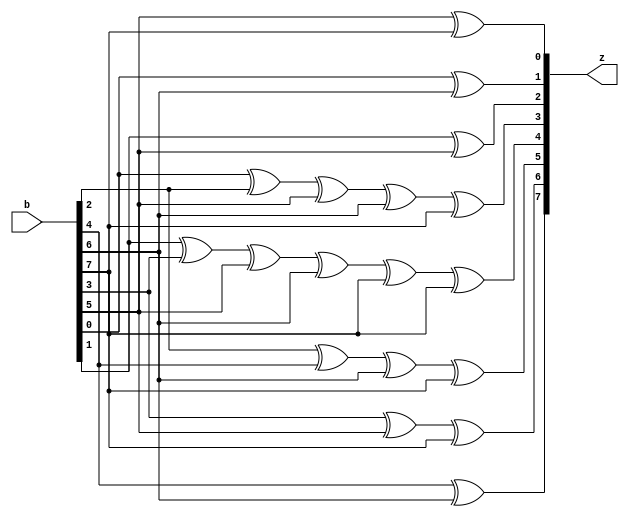

module MULT_BY_ALPHA51(b, z); 
input [7:0] b; 
output [7:0] z; 
assign z[0] = b[5]^b[7];  
assign z[1] = b[0]^b[6];  
assign z[2] = b[1]^b[5];  
assign z[3] = b[0]^b[2]^b[5]^b[6]^b[7];  
assign z[4] = b[1]^b[3]^b[5]^b[6]^b[7]^b[7];  
assign z[5] = b[2]^b[4]^b[6]^b[7];  
assign z[6] = b[3]^b[5]^b[7];  
assign z[7] = b[4]^b[6];  
endmodule 

module SYN2ERR(SYND1_, SYND2_, LOC);


input [7:0] SYND1_, SYND2_;
output [2:0] LOC;




wire [7:0] SYND2_inv;
wire [7:0] mult_out;

inv_gf256	inv_(.x(SYND2_), .y(SYND2_inv));
gf256mult	mult_(.a(SYND1_), .b(SYND2_inv), .z(mult_out));

assign LOC[2] = ~(mult_out[1] | mult_out[2] );
assign LOC[1] = mult_out[4];
assign LOC[0] = mult_out[2];


endmodule

/******************************************************************/

module gf256mult(a, b, z); 
input [7:0] a; 
input [7:0] b; 
output [7:0] z; 
assign z[0] = b[0]&a[0]^b[1]&a[7]^b[2]&a[6]^b[3]&a[5]^b[4]&a[4]^b[5]&a[3]^b[5]&a[7]^b[6]&a[2]^b[6]&a[6]^b[6]&a[7]^b[7]&a[1]^b[7]&a[5]^b[7]&a[6]^b[7]&a[7];  
assign z[1] = b[0]&a[1]^b[1]&a[0]^b[2]&a[7]^b[3]&a[6]^b[4]&a[5]^b[5]&a[4]^b[6]&a[3]^b[6]&a[7]^b[7]&a[2]^b[7]&a[6]^b[7]&a[7];  
assign z[2] = b[0]&a[2]^b[1]&a[1]^b[1]&a[7]^b[2]&a[0]^b[2]&a[6]^b[3]&a[5]^b[3]&a[7]^b[4]&a[4]^b[4]&a[6]^b[5]&a[3]^b[5]&a[5]^b[5]&a[7]^b[6]&a[2]^b[6]&a[4]^b[6]&a[6]^b[6]&a[7]^b[7]&a[1]^b[7]&a[3]^b[7]&a[5]^b[7]&a[6];  
assign z[3] = b[0]&a[3]^b[1]&a[2]^b[1]&a[7]^b[2]&a[1]^b[2]&a[6]^b[2]&a[7]^b[3]&a[0]^b[3]&a[5]^b[3]&a[6]^b[4]&a[4]^b[4]&a[5]^b[4]&a[7]^b[5]&a[3]^b[5]&a[4]^b[5]&a[6]^b[5]&a[7]^b[6]&a[2]^b[6]&a[3]^b[6]&a[5]^b[6]&a[6]^b[7]&a[1]^b[7]&a[2]^b[7]&a[4]^b[7]&a[5];  
assign z[4] = b[0]&a[4]^b[1]&a[3]^b[1]&a[7]^b[2]&a[2]^b[2]&a[6]^b[2]&a[7]^b[3]&a[1]^b[3]&a[5]^b[3]&a[6]^b[3]&a[7]^b[4]&a[0]^b[4]&a[4]^b[4]&a[5]^b[4]&a[6]^b[5]&a[3]^b[5]&a[4]^b[5]&a[5]^b[6]&a[2]^b[6]&a[3]^b[6]&a[4]^b[7]&a[1]^b[7]&a[2]^b[7]&a[3]^b[7]&a[7];  
assign z[5] = b[0]&a[5]^b[1]&a[4]^b[2]&a[3]^b[2]&a[7]^b[3]&a[2]^b[3]&a[6]^b[3]&a[7]^b[4]&a[1]^b[4]&a[5]^b[4]&a[6]^b[4]&a[7]^b[5]&a[0]^b[5]&a[4]^b[5]&a[5]^b[5]&a[6]^b[6]&a[3]^b[6]&a[4]^b[6]&a[5]^b[7]&a[2]^b[7]&a[3]^b[7]&a[4];  
assign z[6] = b[0]&a[6]^b[1]&a[5]^b[2]&a[4]^b[3]&a[3]^b[3]&a[7]^b[4]&a[2]^b[4]&a[6]^b[4]&a[7]^b[5]&a[1]^b[5]&a[5]^b[5]&a[6]^b[5]&a[7]^b[6]&a[0]^b[6]&a[4]^b[6]&a[5]^b[6]&a[6]^b[7]&a[3]^b[7]&a[4]^b[7]&a[5];  
assign z[7] = b[0]&a[7]^b[1]&a[6]^b[2]&a[5]^b[3]&a[4]^b[4]&a[3]^b[4]&a[7]^b[5]&a[2]^b[5]&a[6]^b[5]&a[7]^b[6]&a[1]^b[6]&a[5]^b[6]&a[6]^b[6]&a[7]^b[7]&a[0]^b[7]&a[4]^b[7]&a[5]^b[7]&a[6];  
endmodule

/******************************************************************/

module inv_gf256(x, y);
input [7:0] x;
output [7:0] y;
reg [7:0] y;

always@(x)

case(x)
0: y<= 0;
1:	y<=	1;
2:	y<=	142;
4:	y<=	71;
8:	y<=	173;
16:	y<=	216;
32:	y<=	108;
64:	y<=	54;
128:	y<=	27;
29:	y<=	131;
58:	y<=	207;
116:	y<=	233;
232:	y<=	250;
205:	y<=	125;
135:	y<=	176;
19:	y<=	88;
38:	y<=	44;
76:	y<=	22;
152:	y<=	11;
45:	y<=	139;
90:	y<=	203;
180:	y<=	235;
117:	y<=	251;
234:	y<=	243;
201:	y<=	247;
143:	y<=	245;
3:	y<=	244;
6:	y<=	122;
12:	y<=	61;
24:	y<=	144;
48:	y<=	72;
96:	y<=	36;
192:	y<=	18;
157:	y<=	9;
39:	y<=	138;
78:	y<=	69;
156:	y<=	172;
37:	y<=	86;
74:	y<=	43;
148:	y<=	155;
53:	y<=	195;
106:	y<=	239;
212:	y<=	249;
181:	y<=	242;
119:	y<=	121;
238:	y<=	178;
193:	y<=	89;
159:	y<=	162;
35:	y<=	81;
70:	y<=	166;
140:	y<=	83;
5:	y<=	167;
10:	y<=	221;
20:	y<=	224;
40:	y<=	112;
80:	y<=	56;
160:	y<=	28;
93:	y<=	14;
186:	y<=	7;
105:	y<=	141;
210:	y<=	200;
185:	y<=	100;
111:	y<=	50;
222:	y<=	25;
161:	y<=	130;
95:	y<=	65;
190:	y<=	174;
97:	y<=	87;
194:	y<=	165;
153:	y<=	220;
47:	y<=	110;
94:	y<=	55;
188:	y<=	149;
101:	y<=	196;
202:	y<=	98;
137:	y<=	49;
15:	y<=	150;
30:	y<=	75;
60:	y<=	171;
120:	y<=	219;
240:	y<=	227;
253:	y<=	255;
231:	y<=	241;
211:	y<=	246;
187:	y<=	123;
107:	y<=	179;
214:	y<=	215;
177:	y<=	229;
127:	y<=	252;
254:	y<=	126;
225:	y<=	63;
223:	y<=	145;
163:	y<=	198;
91:	y<=	99;
182:	y<=	191;
113:	y<=	209;
226:	y<=	230;
217:	y<=	115;
175:	y<=	183;
67:	y<=	213;
134:	y<=	228;
17:	y<=	114;
34:	y<=	57;
68:	y<=	146;
136:	y<=	73;
13:	y<=	170;
26:	y<=	85;
52:	y<=	164;
104:	y<=	82;
208:	y<=	41;
189:	y<=	154;
103:	y<=	77;
206:	y<=	168;
129:	y<=	84;
31:	y<=	42;
62:	y<=	21;
124:	y<=	132;
248:	y<=	66;
237:	y<=	33;
199:	y<=	158;
147:	y<=	79;
59:	y<=	169;
118:	y<=	218;
236:	y<=	109;
197:	y<=	184;
151:	y<=	92;
51:	y<=	46;
102:	y<=	23;
204:	y<=	133;
133:	y<=	204;
23:	y<=	102;
46:	y<=	51;
92:	y<=	151;
184:	y<=	197;
109:	y<=	236;
218:	y<=	118;
169:	y<=	59;
79:	y<=	147;
158:	y<=	199;
33:	y<=	237;
66:	y<=	248;
132:	y<=	124;
21:	y<=	62;
42:	y<=	31;
84:	y<=	129;
168:	y<=	206;
77:	y<=	103;
154:	y<=	189;
41:	y<=	208;
82:	y<=	104;
164:	y<=	52;
85:	y<=	26;
170:	y<=	13;
73:	y<=	136;
146:	y<=	68;
57:	y<=	34;
114:	y<=	17;
228:	y<=	134;
213:	y<=	67;
183:	y<=	175;
115:	y<=	217;
230:	y<=	226;
209:	y<=	113;
191:	y<=	182;
99:	y<=	91;
198:	y<=	163;
145:	y<=	223;
63:	y<=	225;
126:	y<=	254;
252:	y<=	127;
229:	y<=	177;
215:	y<=	214;
179:	y<=	107;
123:	y<=	187;
246:	y<=	211;
241:	y<=	231;
255:	y<=	253;
227:	y<=	240;
219:	y<=	120;
171:	y<=	60;
75:	y<=	30;
150:	y<=	15;
49:	y<=	137;
98:	y<=	202;
196:	y<=	101;
149:	y<=	188;
55:	y<=	94;
110:	y<=	47;
220:	y<=	153;
165:	y<=	194;
87:	y<=	97;
174:	y<=	190;
65:	y<=	95;
130:	y<=	161;
25:	y<=	222;
50:	y<=	111;
100:	y<=	185;
200:	y<=	210;
141:	y<=	105;
7:	y<=	186;
14:	y<=	93;
28:	y<=	160;
56:	y<=	80;
112:	y<=	40;
224:	y<=	20;
221:	y<=	10;
167:	y<=	5;
83:	y<=	140;
166:	y<=	70;
81:	y<=	35;
162:	y<=	159;
89:	y<=	193;
178:	y<=	238;
121:	y<=	119;
242:	y<=	181;
249:	y<=	212;
239:	y<=	106;
195:	y<=	53;
155:	y<=	148;
43:	y<=	74;
86:	y<=	37;
172:	y<=	156;
69:	y<=	78;
138:	y<=	39;
9:	y<=	157;
18:	y<=	192;
36:	y<=	96;
72:	y<=	48;
144:	y<=	24;
61:	y<=	12;
122:	y<=	6;
244:	y<=	3;
245:	y<=	143;
247:	y<=	201;
243:	y<=	234;
251:	y<=	117;
235:	y<=	180;
203:	y<=	90;
139:	y<=	45;
11:	y<=	152;
22:	y<=	76;
44:	y<=	38;
88:	y<=	19;
176:	y<=	135;
125:	y<=	205;
250:	y<=	232;
233:	y<=	116;
207:	y<=	58;
131:	y<=	29;
27:	y<=	128;
54:	y<=	64;
108:	y<=	32;
216:	y<=	16;
173:	y<=	8;
71:	y<=	4;
142:	y<=	2;
endcase

endmodule 
/******************************************************************/
module RS_5_3_GF256(
CLK, 
RESET,
DATA_VALID_IN,
DATA_IN,
E_D, 
DATA_VALID_OUT,
DATA_OUT);

input 
CLK, 
RESET, 
DATA_VALID_IN,
E_D;

input [7:0] DATA_IN;
output DATA_VALID_OUT;
output [7:0] DATA_OUT;
reg DATA_VALID_OUT;
reg [7:0] DATA_OUT;
reg [3:0] cntr1_;
reg [2:0] cntr2_;
reg cntr2_en;
reg [7:0] SYND1_;
reg [7:0] SYND2_;
reg [7:0] VAL;
reg [2:0] LOC2_;

wire [7:0] MULT2_;
wire [7:0] ADD3_;
wire	[2:0] LOC;

reg [7:0] FIFO0_;
reg [7:0] FIFO1_;
reg [7:0] FIFO2_;
reg [7:0] FIFO3_;
reg [7:0] FIFO4_;

assign ADD3_ = (E_D) ? (SYND1_ ^ MULT2_) : MULT2_; 

MULT_BY_ALPHA51	m0_(.b(SYND2_), .z(MULT2_));
SYN2ERR	s_( .SYND1_(SYND1_), .SYND2_(SYND2_), .LOC(LOC) );

///////////////////////////////////////////////////////////////////////

always@(posedge CLK)

if (cntr2_en)
begin
	VAL<=SYND1_;
	LOC2_<=LOC;
end





///////////////////////////////////////////////////////////////////////

always@(posedge CLK or negedge RESET)

if (!RESET)

cntr1_<=0;

else 
case(cntr1_)

0: if (!DATA_VALID_IN)
	if (E_D) 
		cntr1_<=1;
	else 
		cntr1_<=5;
1: if (!DATA_VALID_IN) cntr1_<=2;
2: if (!DATA_VALID_IN) cntr1_<=3;
3: cntr1_<=4;
4: cntr1_<=0;
5: if (!DATA_VALID_IN) cntr1_<=6;	
6: if (!DATA_VALID_IN) cntr1_<=7;
7: if (!DATA_VALID_IN) cntr1_<=8;
8: cntr1_<=0;
endcase


//////////////////////////////////////////////////////////////////////

always@(posedge CLK or negedge RESET)
if (!RESET)

cntr2_<=0;

else if (cntr2_==0)
begin 
	if (cntr2_en)
		cntr2_<=cntr2_+1;
end
else if (cntr2_==4)
	cntr2_<=0;
else
	cntr2_<=cntr2_+1;




//////////////////////////////////////////////////////////////////////

always@(posedge CLK or negedge RESET)

if (!RESET)

	DATA_VALID_OUT<=1;

else if ((cntr1_==0)&&(E_D))	
	
	DATA_VALID_OUT<=DATA_VALID_IN;

else if ( (cntr1_==1) || (cntr1_==2) )

	DATA_VALID_OUT<=DATA_VALID_IN;

else if ((cntr1_==3) || (cntr1_==4))

	DATA_VALID_OUT<=0;

else if ((cntr2_en) || (cntr2_!=0))

	DATA_VALID_OUT<=0;
else 
	DATA_VALID_OUT<=1;

	
//////////////////////////////////////////////////////////////////////
	

always@(posedge CLK or negedge RESET)

if (!RESET)

	DATA_OUT<=0;

else if ((cntr1_==0)&&(E_D))	

	DATA_OUT<=DATA_IN;

else if ( (cntr1_==1) || (cntr1_==2) )

	DATA_OUT<=DATA_IN;

else if ((cntr1_==3) || (cntr1_==4))

	DATA_OUT<=ADD3_;

else if (cntr2_en)
begin
	if(LOC==0)
		DATA_OUT<=FIFO4_ ^ SYND1_;
	else 
		DATA_OUT<=FIFO4_;

end
else if (cntr2_==LOC2_)

	DATA_OUT<=FIFO4_ ^ VAL;	
	
else 

	DATA_OUT<=FIFO4_;

//////////////////////////////////////////////////////////////////////
	

always@(posedge CLK or negedge RESET)

if (!RESET)
begin

	FIFO0_<=0;	
	FIFO1_<=0;
	FIFO2_<=0;
	FIFO3_<=0;
	FIFO4_<=0;

end
else if (((!DATA_VALID_OUT) && (!E_D)) || (cntr1_>=5) || (cntr1_<=8) || (cntr2_en) || (cntr2_!=0) )
begin
	FIFO4_<=FIFO3_;
	FIFO3_<=FIFO2_;
	FIFO2_<=FIFO1_;
	FIFO1_<=FIFO0_;
	FIFO0_<=DATA_IN;
end

//////////////////////////////////////////////////////////////////////

always@(posedge CLK or negedge RESET)

if (!RESET)
begin

	SYND1_<=0;
	SYND2_<=0;

end

else if ( !DATA_VALID_IN ) 
begin
	if (cntr1_==0)
	begin
		SYND1_<=DATA_IN;
		SYND2_<=DATA_IN;
	end	
	else 
	begin
		SYND1_<=SYND1_^ DATA_IN;
		SYND2_<=ADD3_^ DATA_IN;
	end
end		
else if ( (cntr1_==3) || (cntr1_==4) )

	begin
		SYND1_<=SYND1_^ ADD3_;
		SYND2_<=0;
	end


//////////////////////////////////////////////////////////////////////

always@(posedge CLK or negedge RESET)

if (!RESET)

	cntr2_en<=0;

else if (cntr1_==8)

	cntr2_en<=1;

else

	cntr2_en<=0;



endmodule


/******************************************************************/
/*
This stimulus file 
- Creates 256^3 message symbols,  
- Encodes these message symbols into codewords
- Then decodes them 
- And compares the decoded message to the original message.
- I there is a mismatch then the ERR output of the stimulus file is SET for 1 clock cycle.
*/




module stimulus(
CLK, 
RESET,
DATA_VALID_IN,
DATA_IN,
E_D,
ERR,  
DATA_VALID_OUT,
DATA_OUT);



input DATA_VALID_OUT;
input [7:0] DATA_OUT;
output CLK, RESET, E_D, DATA_VALID_IN;
output [7:0] DATA_IN;
output ERR;

reg ERR;
reg [7:0] c4, c3, c2, c1, c0;
reg CLK, RESET, E_D, DATA_VALID_IN;
reg [7:0] DATA_IN;

integer i, j, k;

RS_5_3_GF256	u0_(
.CLK(CLK),
.RESET(RESET),
.DATA_VALID_IN(DATA_VALID_IN),
.DATA_IN(DATA_IN),
.E_D(E_D),
.DATA_OUT(DATA_OUT),
.DATA_VALID_OUT(DATA_VALID_OUT));


/////////////////////////	CLK SIGNAL	///////////////////////

initial CLK <= 0;
always 
begin
	#50
	CLK <= !CLK;
end


/////////////////////////	RESET SIGNAL	///////////////////////

initial 
begin
	RESET <= 0;
	#500
	RESET <= 1;
end 


/////////////////////////	DATA_VALID_IN & DATA_IN & E_D	///////////////////////

initial 
begin
DATA_VALID_IN<=1;
E_D<=1;
DATA_IN<=0;
ERR<=0;
#1000

for (i = 80; i < 256; i = i+1)
	for (j = 0; j < 256; j = j+1)
		for (k = 0; k < 256; k = k+1)
		begin
			#100
			#100
			#100
			#100
			#100
			#100
			#100
			#100
			#100
			DATA_VALID_IN<=0;
			E_D<=1;
			DATA_IN<=i;
			#100
			DATA_IN<=j;
			#100
			DATA_IN<=k;
			#100
			DATA_IN<=0;
			DATA_VALID_IN<=1;
			#100
			#100
			#100
			#100
			#100
			#100
			#100
			#100
			#100
			#100
			DATA_VALID_IN<=0;
			E_D<=0;
			DATA_IN<=c4;
			#100
			DATA_IN<=c3;
			#100
			DATA_IN<=c2;
			#100
			DATA_IN<=c1;
			#100
			DATA_IN<=c0;
			#100
			DATA_VALID_IN<=1;

			#150
			if (DATA_OUT!=i)	begin ERR<=1; end
			#100
			if (DATA_OUT!=j)	begin ERR<=1; end
			#100
			if (DATA_OUT!=k)	begin ERR<=1; end
			#50
			ERR<=0;
			
		end
end


			
			
			
		

always@(posedge CLK or negedge RESET)

if (!RESET)
begin
c0<=0;
c1<=0;
c2<=0;
c3<=0;
c4<=0;
end
else if (!DATA_VALID_OUT)	
begin
c0<=DATA_OUT;
c1<=c0;
c2<=c1;
c3<=c2;
c4<=c3;
end




/////////////////////



///////////////////////////////////////////////////////////////// DEC 2





	

always
begin
	#1000000000
	$finish;
end
endmodule